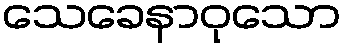
သေခေနာဝုသော